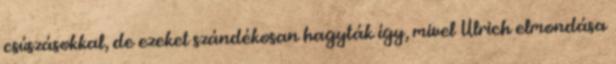
csúszásokkal, de ezeket szándékosan hagyták így, mivel Ulrich elmondása